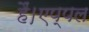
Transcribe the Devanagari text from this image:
हैं।एप्पल